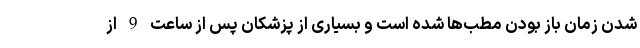
شدن زمان باز بودن مطب‌ها شده است و بسیاری از پزشکان پس از ساعت 9 از